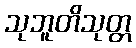
သုဘူတိသုတ္တ